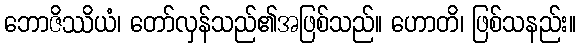
ဘောဇိဿိယံ၊ တော်လှန်သည်၏အဖြစ်သည်။ ဟောတိ၊ ဖြစ်သနည်း။